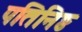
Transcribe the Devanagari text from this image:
पतिनिष्ठ